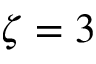
\zeta = 3